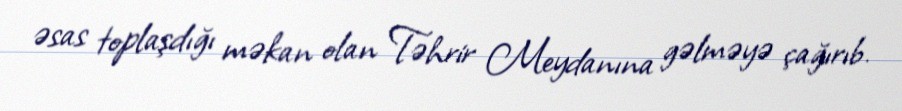
əsas toplaşdığı məkan olan Təhrir Meydanına gəlməyə çağırıb.